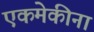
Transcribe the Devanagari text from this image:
एकमेकीना